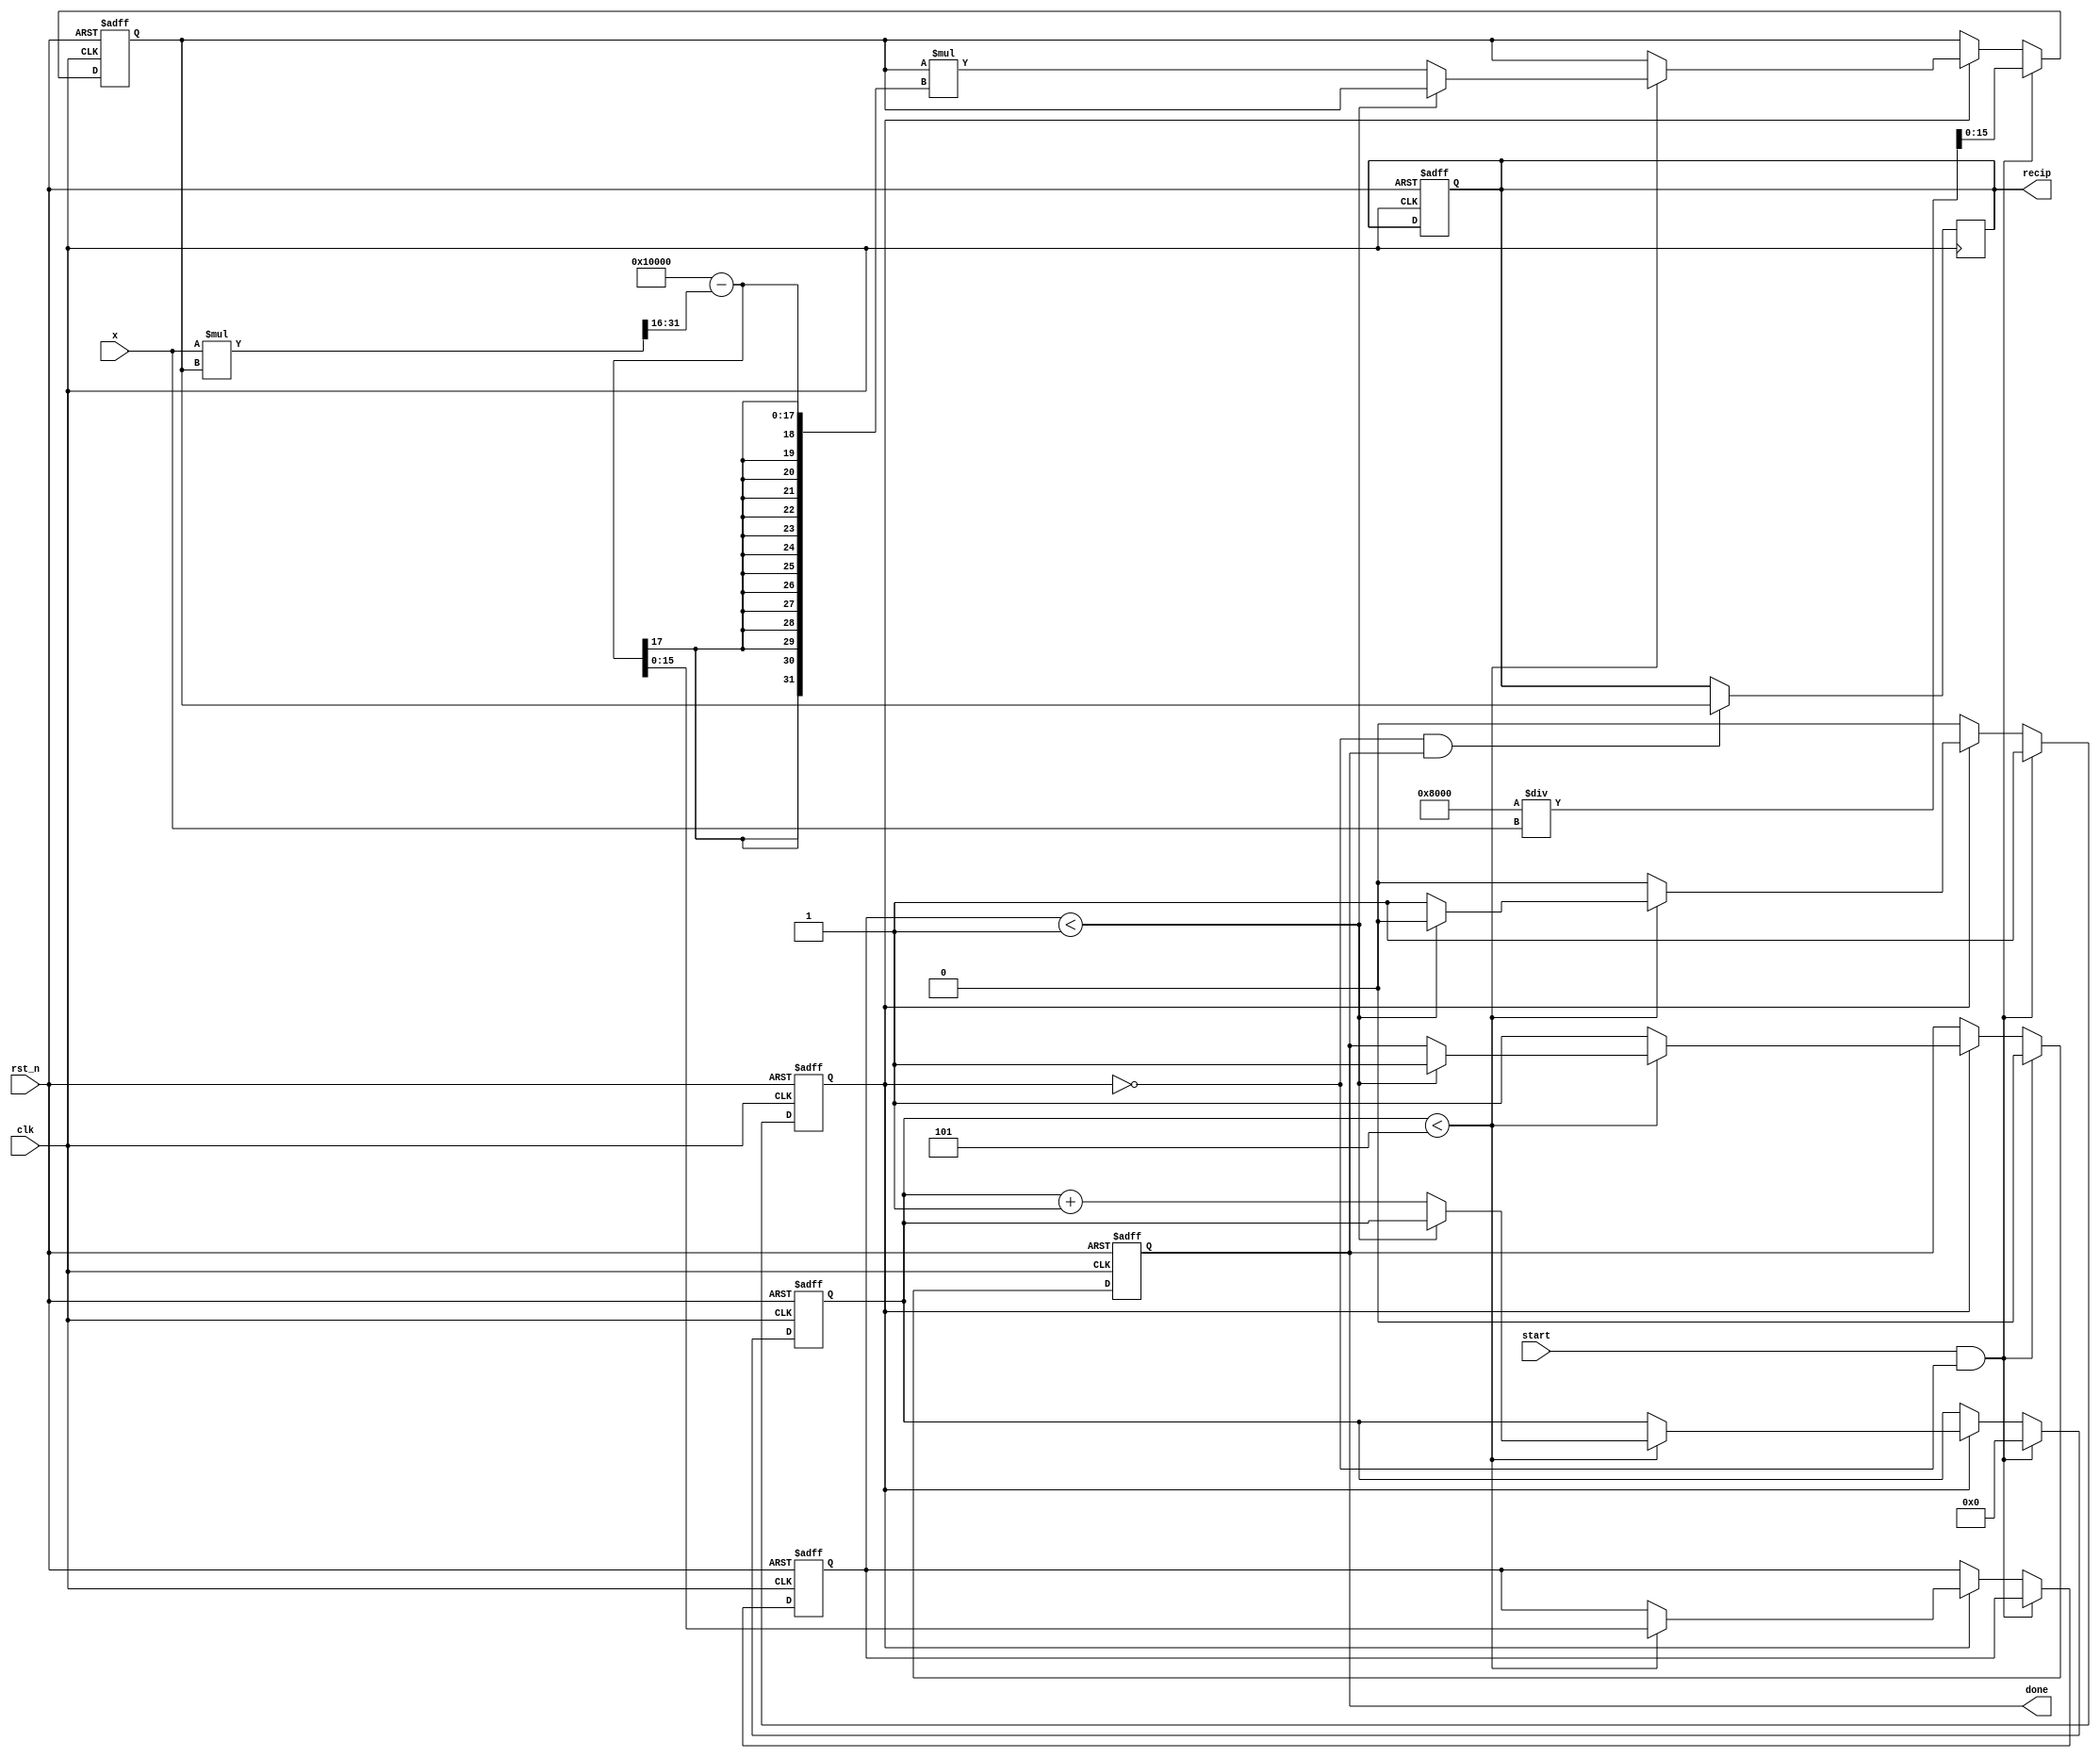
module iterative_reciprocal #(
    parameter N = 16,            // Bit-width of input and output
    parameter MAX_ITER = 5,      // Maximum number of iterations
    parameter THRESHOLD = 16'h1   // Convergence threshold
)(
    input  wire clk,             // Clock signal
    input  wire rst_n,           // Active low reset
    input  wire [N-1:0] x,       // Input value
    input  wire start,           // Start signal for computation
    output reg  [N-1:0] recip,   // Output reciprocal
    output reg  done              // Done signal
);

    reg [N-1:0] guess;           // Current guess for reciprocal
    reg [N-1:0] error;           // Error in the current guess
    reg [3:0] iter_count;        // Iteration counter
    reg computing;                // State to indicate if computing

    // Initial guess calculation (simple approximation)
    function [N-1:0] initial_guess;
        input [N-1:0] x;
        begin
            // A simple initial guess: 2^(N-1)/x
            initial_guess = (1 << (N-1)) / x;
        end
    endfunction

    always @(posedge clk or negedge rst_n) begin
        if (!rst_n) begin
            recip <= 0;
            done <= 0;
            guess <= 0;
            error <= 0;
            iter_count <= 0;
            computing <= 0;
        end else if (start && !computing) begin
            // Start the computation
            guess <= initial_guess(x);
            iter_count <= 0;
            computing <= 1;
            done <= 0;
        end else if (computing) begin
            // Perform the iterative computation
            if (iter_count < MAX_ITER) begin
                // Calculate error: 1 - (x * guess)
                error <= (1 << N) - (x * guess >> N); // Scale for fixed-point
                
                // Check for convergence
                if (error < THRESHOLD) begin
                    computing <= 0; // Stop computing
                    done <= 1;      // Set done signal
                end else begin
                    // Update guess using Newton-Raphson
                    guess <= guess * (2**N - (x * guess >> N)); // Update guess
                    iter_count <= iter_count + 1; // Increment iteration count
                end
            end else begin
                // Maximum iterations reached, stop computing
                computing <= 0;
                done <= 1;
            end
        end
    end

    always @(posedge clk) begin
        if (!computing && done) begin
            recip <= guess; // Register the final guess as the output
        end
    end

endmodule